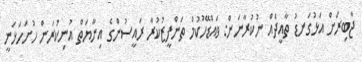
ޖާބިރަށް އަޅުގަނޑު ތާއީދެއް ނުކުރާނަން: ވައްޑޭހުކުމް ތަންފީޒުކުރާ ރައީސުންގެ އިނާޔަތް އުނިކުރަން ހުށަހަޅަނީ